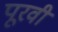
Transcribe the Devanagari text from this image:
पूरवी